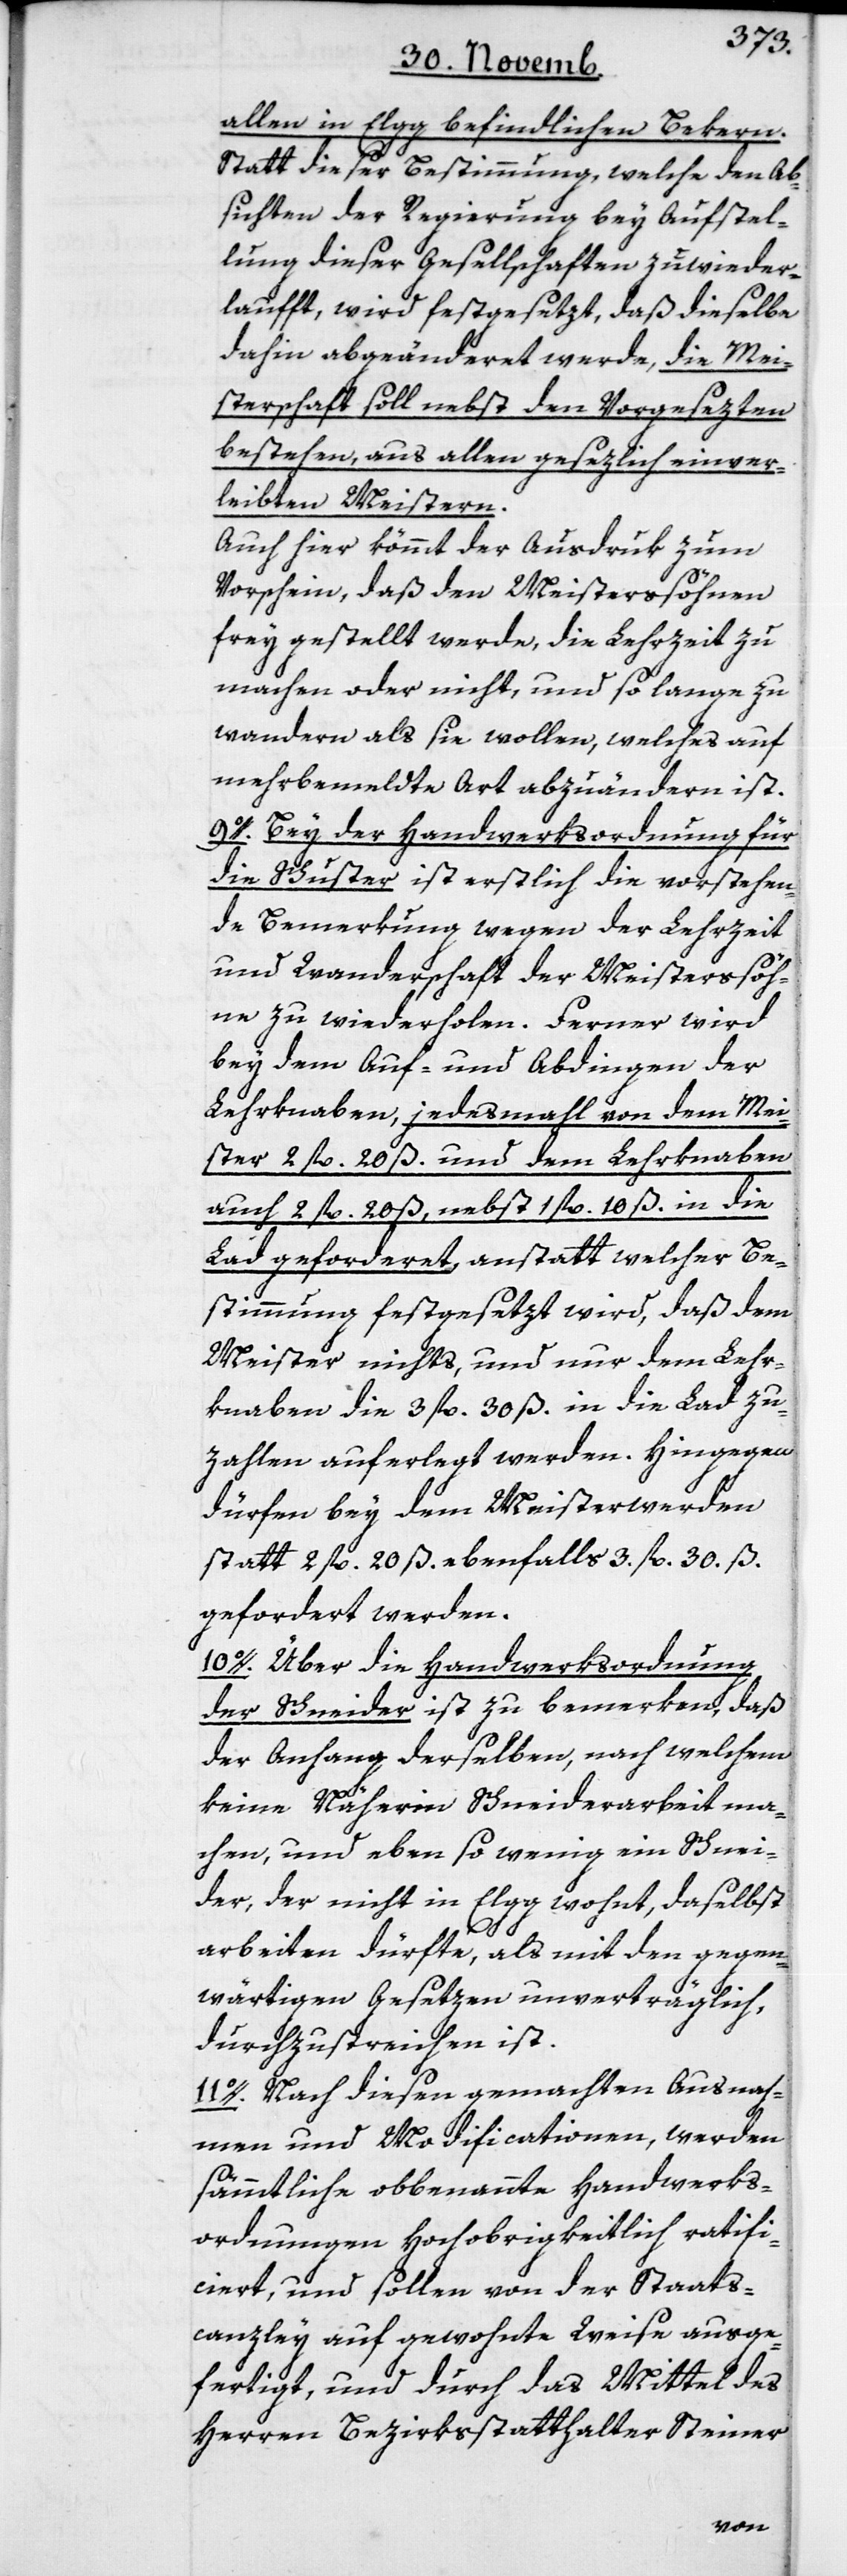
allen in Elgg befindlichen Bekern.
Statt dieser Bestimmung, welche den Ab¬
sichten der Regierung bey Aufstel¬
lung dieser Gesellschaften zuwider¬
laufft, wird festgesetzt, daß dieselbe
dahin abgeändert werde, die Mei¬
sterschaft soll nebst den Vorgesezten
bestehen, aus allen gesezlich einver¬
leibten Meistern.
Auch hier kömmt der Ausdruk zum
Vorschein, daß den Meistersöhnen
frey gestellt werde, die Lehrzeit zu
machen oder nicht, und solange zu
wandern als sie wollen, welches auf
mehrbemeldte Art abzuändern ist.
9o. Bey der Handwerksordnung für
die Schuster ist erstlich die vorstehen¬
de Bemerkung wegen der Lehrzeit
und Wanderschaft der Meisterssöh¬
ne zu wiederholen. Ferner wird
bey dem Auf- und Abdingen der
Lehrknaben, jedes Mahl von dem Mei¬
ster 2 fl. 20 ß und dem Lehrknaben
auch 2 fl. 20 ß, nebst 1 fl. 10 ß in die
Lad geforderet, anstatt welcher Be¬
stimmung festgesetzt wird, daß dem
Meister nichts, und nur dem Lehr¬
knaben die 3 fl. 30 ß. in die Lad zu
zahlen auferlegt werden. Hingegen
dürfen bey dem Meisterwerden
statt 2 fl. 20 ß. ebenfalls 3 fl. 30 ß.
gefordert werden.
10o. Über die Handwerksordnung
der Schneider ist zu bemerken, daß
der Anhang derselben, nach welchem
keine Näherin Schneiderarbeit ma¬
chen, und ebenso wenig ein Schnei¬
der, der nicht in Elgg wohnt, daselbst
arbeiten dürfte, als mit dem gegen¬
wärtigen Gesetzen unverträglich,
durchzustreichen ist.
11o. Nach diesen gemachten Ausnah¬
men und Modificationen, werden
sämmtliche obbenannte Handwerks¬
ordnungen Hochobrigkeitlich ratifi¬
ciert, und sollen von der Staats¬
canzley auf gewohnte Weise ausge¬
fertigt, und durch das Mittel des
Herren Bezirksstatthalter Steiner